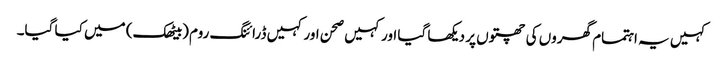
کہیں یہ اہتمام گھروں کی چھتوں پر دیکھا گیا اور کہیں صحن اور کہیں ڈرائنگ روم (بیٹھک) میں کیا گیا۔